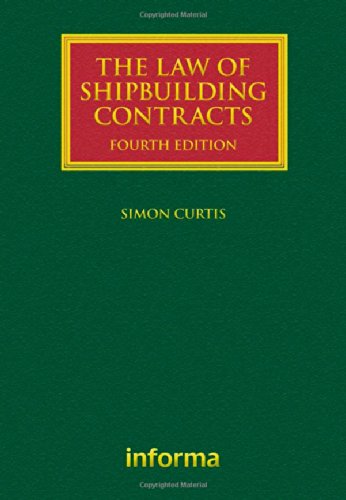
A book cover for The Law of Shipbuilding Contracts (Lloyd's Shipping Law Library); Simon Curtis; Law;